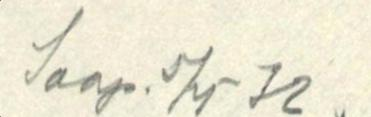
Saap. 5/4-32.